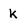
Character: k